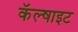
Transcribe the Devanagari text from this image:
कॅल्षाइट